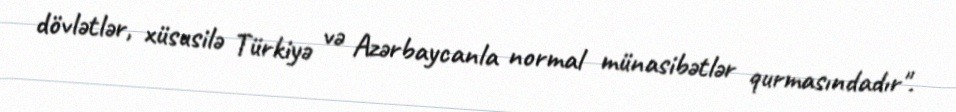
dövlətlər, xüsusilə Türkiyə və Azərbaycanla normal münasibətlər qurmasındadır".